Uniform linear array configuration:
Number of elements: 8
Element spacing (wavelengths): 1
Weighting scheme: binomial
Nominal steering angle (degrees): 30
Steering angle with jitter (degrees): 28.97
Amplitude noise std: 0.05
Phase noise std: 0.05

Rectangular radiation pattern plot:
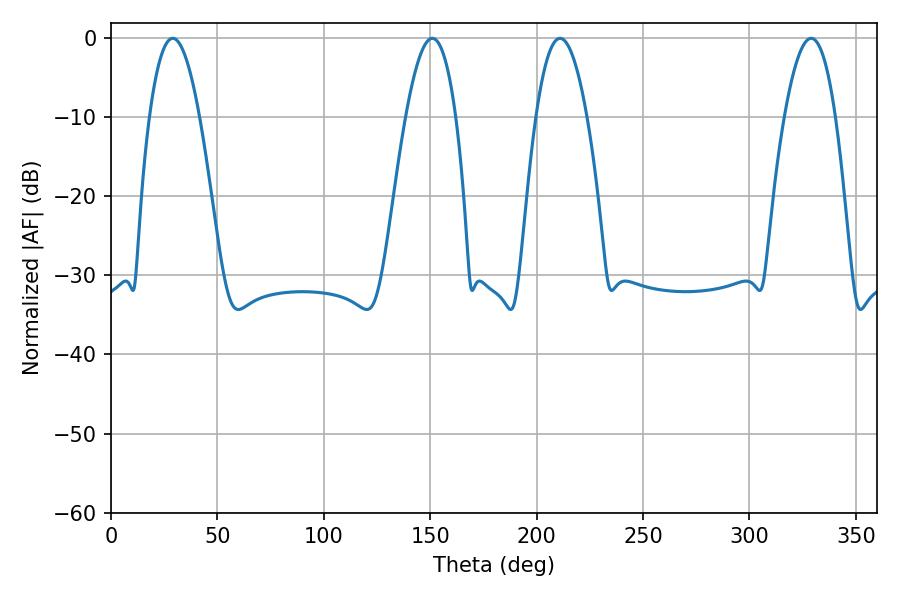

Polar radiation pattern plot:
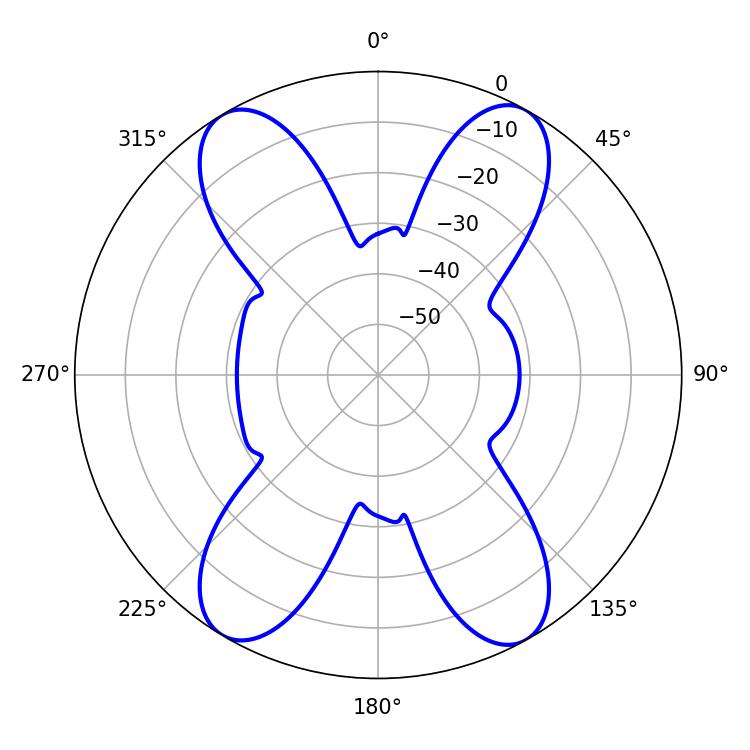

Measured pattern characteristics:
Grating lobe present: TRUE
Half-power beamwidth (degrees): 12.78
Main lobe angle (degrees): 28.98